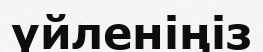
үйленіңіз